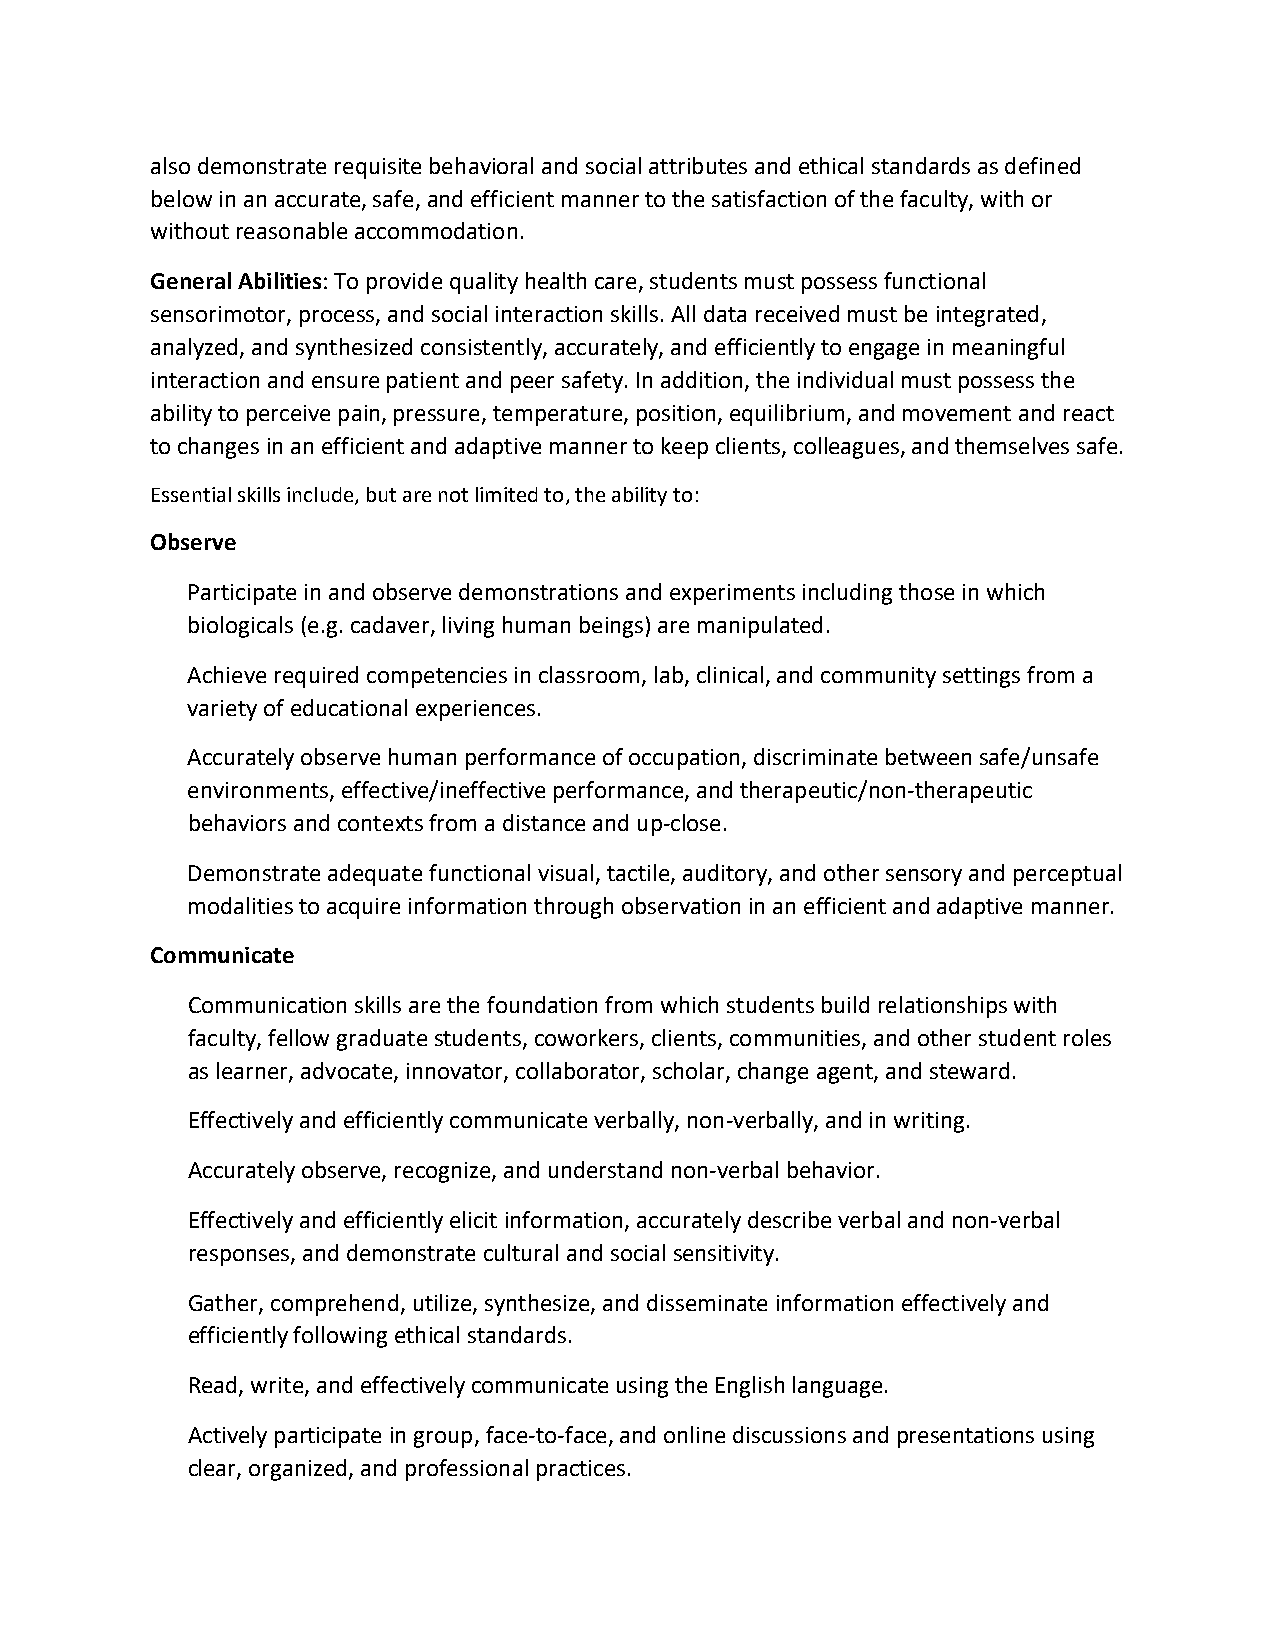
also demonstrate requisite behavioral and social attributes and ethical standards as defined
 below in an accurate, safe, and efficient manner to the satisfaction of the faculty, with or
 without reasonable accommodation.
 General Abilities: To provide quality health care, students must possess functional
 sensorimotor, process, and social interaction skills. All data received must be integrated,
 analyzed, and synthesized consistently, accurately, and efficiently to engage in meaningful
 interaction and ensure patient and peer safety. In addition, the individual must possess the
 ability to perceive pain, pressure, temperature, position, equilibrium, and movement and react
 to changes in an efficient and adaptive manner to keep clients, colleagues, and themselves safe.
 Essential skills include, but are not limited to, the ability to:
 Observe
 Participate in and observe demonstrations and experiments including those in which
 biologicals (e.g. cadaver, living human beings) are manipulated.
 Achieve required competencies in classroom, lab, clinical, and community settings from a
 variety of educational experiences.
 Accurately observe human performance of occupation, discriminate between safe/unsafe
 environments, effective/ineffective performance, and therapeutic/non-therapeutic
 behaviors and contexts from a distance and up-close.
 Demonstrate adequate functional visual, tactile, auditory, and other sensory and perceptual
 modalities to acquire information through observation in an efficient and adaptive manner.
 Communicate
 Communication skills are the foundation from which students build relationships with
 faculty, fellow graduate students, coworkers, clients, communities, and other student roles
 as learner, advocate, innovator, collaborator, scholar, change agent, and steward.
 Effectively and efficiently communicate verbally, non-verbally, and in writing.
 Accurately observe, recognize, and understand non-verbal behavior.
 Effectively and efficiently elicit information, accurately describe verbal and non-verbal
 responses, and demonstrate cultural and social sensitivity.
 Gather, comprehend, utilize, synthesize, and disseminate information effectively and
 efficiently following ethical standards.
 Read, write, and effectively communicate using the English language.
 Actively participate in group, face-to-face, and online discussions and presentations using
 clear, organized, and professional practices.